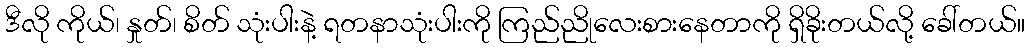
ဒီလို ကိုယ်၊ နှုတ်၊ စိတ် သုံးပါးနဲ့ ရတနာသုံးပါးကို ကြည်ညိုလေးစားနေတာကို ရှိခိုးတယ်လို့ ခေါ်တယ်။